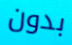
بدون